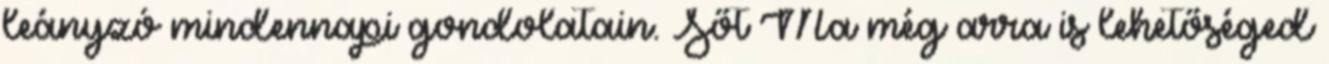
leányzó mindennapi gondolatain. Sőt Ma még arra is lehetőséged